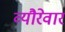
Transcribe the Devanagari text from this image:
व्यौरेवार